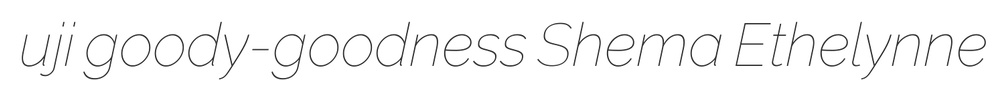
uji goody-goodness Shema Ethelynne